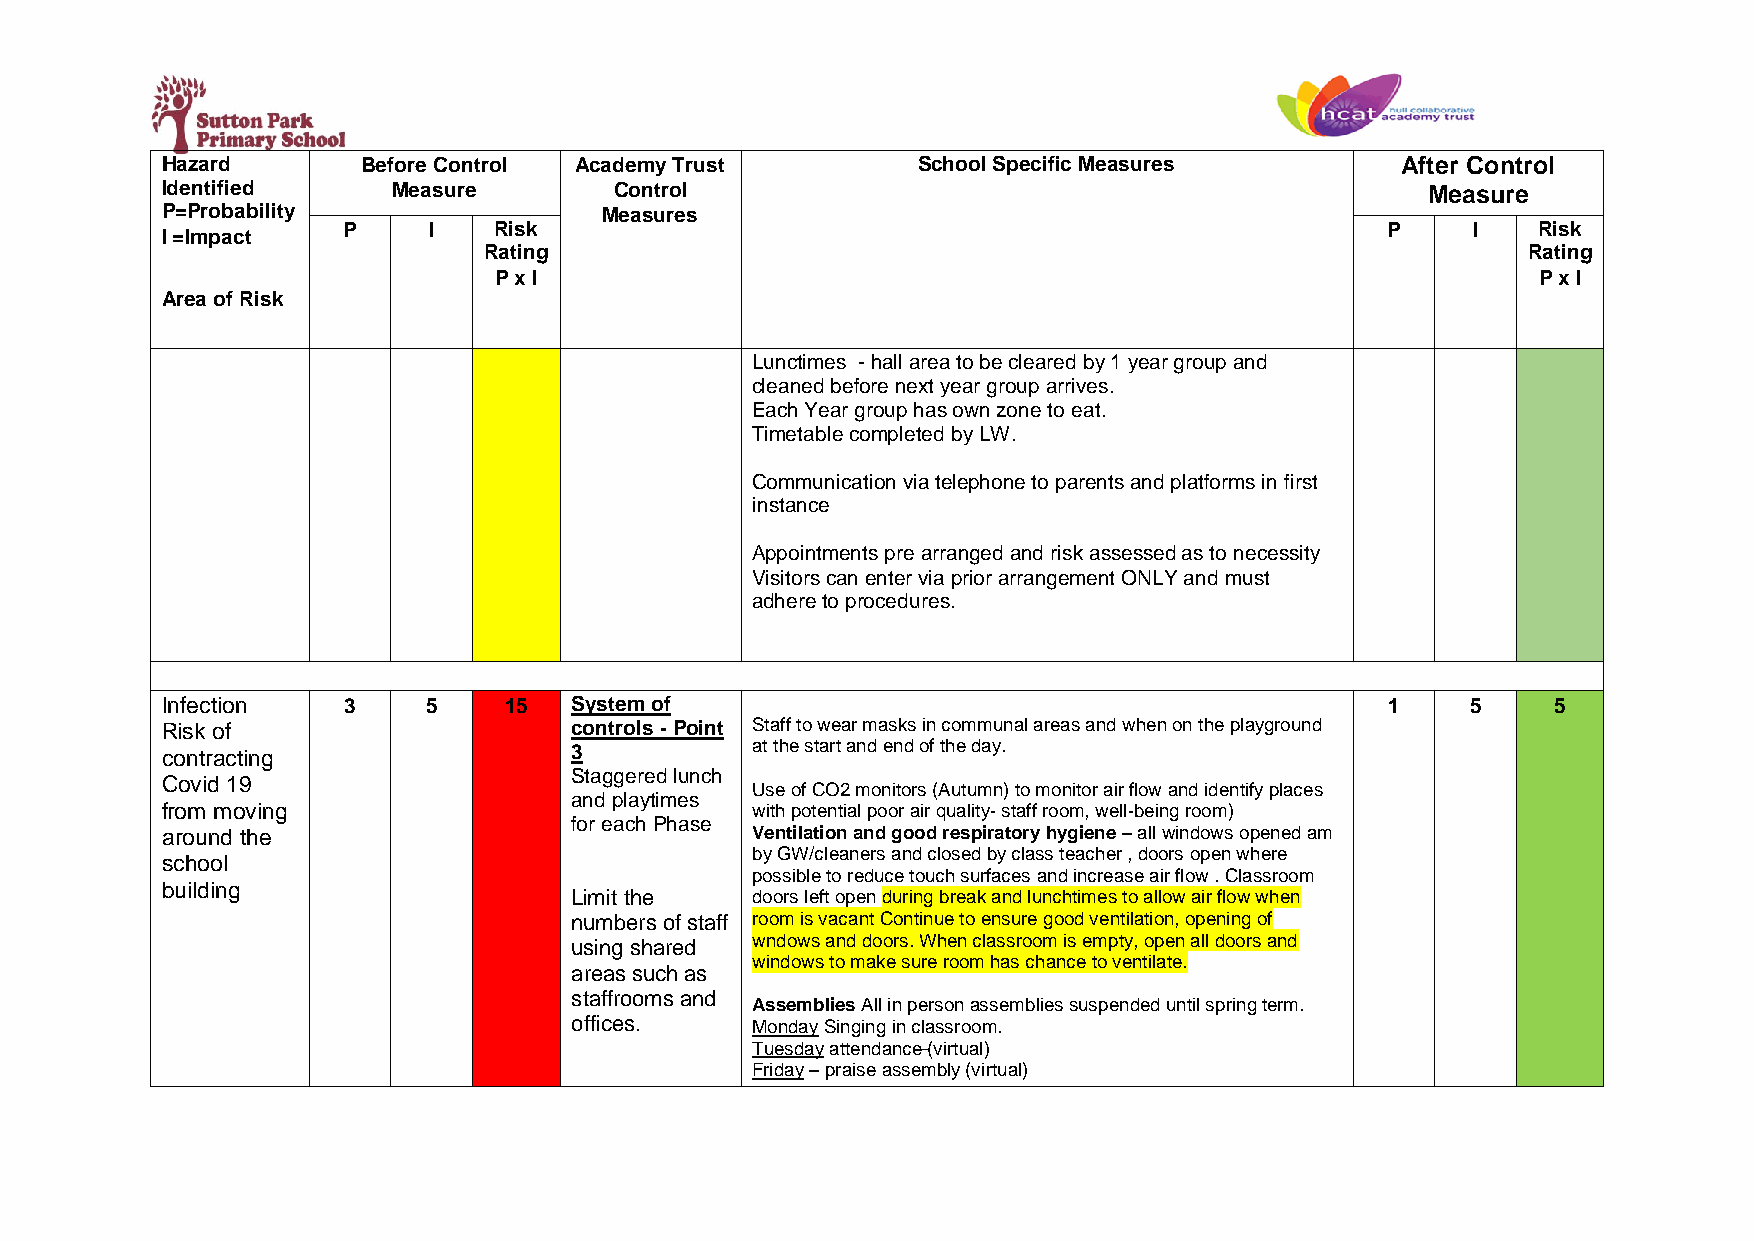
Hazard       Before Control Academy Trust         School Specific Measures        After Control
 Identified     Measure        Control                                               Measure
 P=Probability                Measures
 P    I    Risk                                                       P    I    Risk
 I =Impact
 Rating                                                               Rating
 P x I                                                                P x I
 Area of Risk
 Lunctimes - hall area to be cleared by 1 year group and
 cleaned before next year group arrives.
 Each Year group has own zone to eat.
 Timetable completed by LW.
 Communication via telephone to parents and platforms in first
 instance
 Appointments pre arranged and risk assessed as to necessity
 Visitors can enter via prior arrangement ONLY and must
 adhere to procedures.
 Infection   3    5    15   System of                                             1    5     5
 Risk of                    controls - Point Staff to wear masks in communal areas and when on the playground
 contracting                3           at the start and end of the day.
 Staggered lunch
 Covid 19
 Use of CO2 monitors (Autumn) to monitor air flow and identify places
 and playtimes
 from moving                            with potential poor air quality- staff room, well-being room)
 for each Phase
 around the                             Ventilation and good respiratory hygiene – all windows opened am
 by GW/cleaners and closed by class teacher , doors open where
 school
 possible to reduce touch surfaces and increase air flow . Classroom
 building
 Limit the   doors left open during break and lunchtimes to allow air flow when
 numbers of staff room is vacant Continue to ensure good ventilation, opening of
 using shared wndows and doors. When classroom is empty, open all doors and
 windows to make sure room has chance to ventilate.
 areas such as
 staffrooms and
 Assemblies All in person assemblies suspended until spring term.
 offices.    Monday Singing in classroom.
 Tuesday attendance (virtual)
 Friday – praise assembly (virtual)